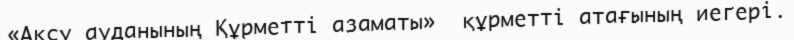
«Ақсу ауданының Құрметті азаматы»  құрметті атағының иегері.